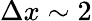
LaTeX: \Delta x\sim 2